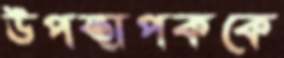
উপস্থাপককে